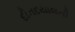
દીનદયાલની